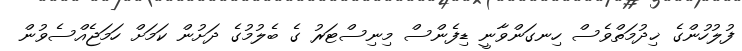
ފުލުހުންގެ ޚިދުމަތްވެސް ހިނގަންވާނީ ޑިފެންސް މިނިސްޓަރު ގެ ބެލުމުގެ ދަށުން ކަމަށް ހަމަޖެއްސެވުން